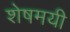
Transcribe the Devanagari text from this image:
शेषमयी